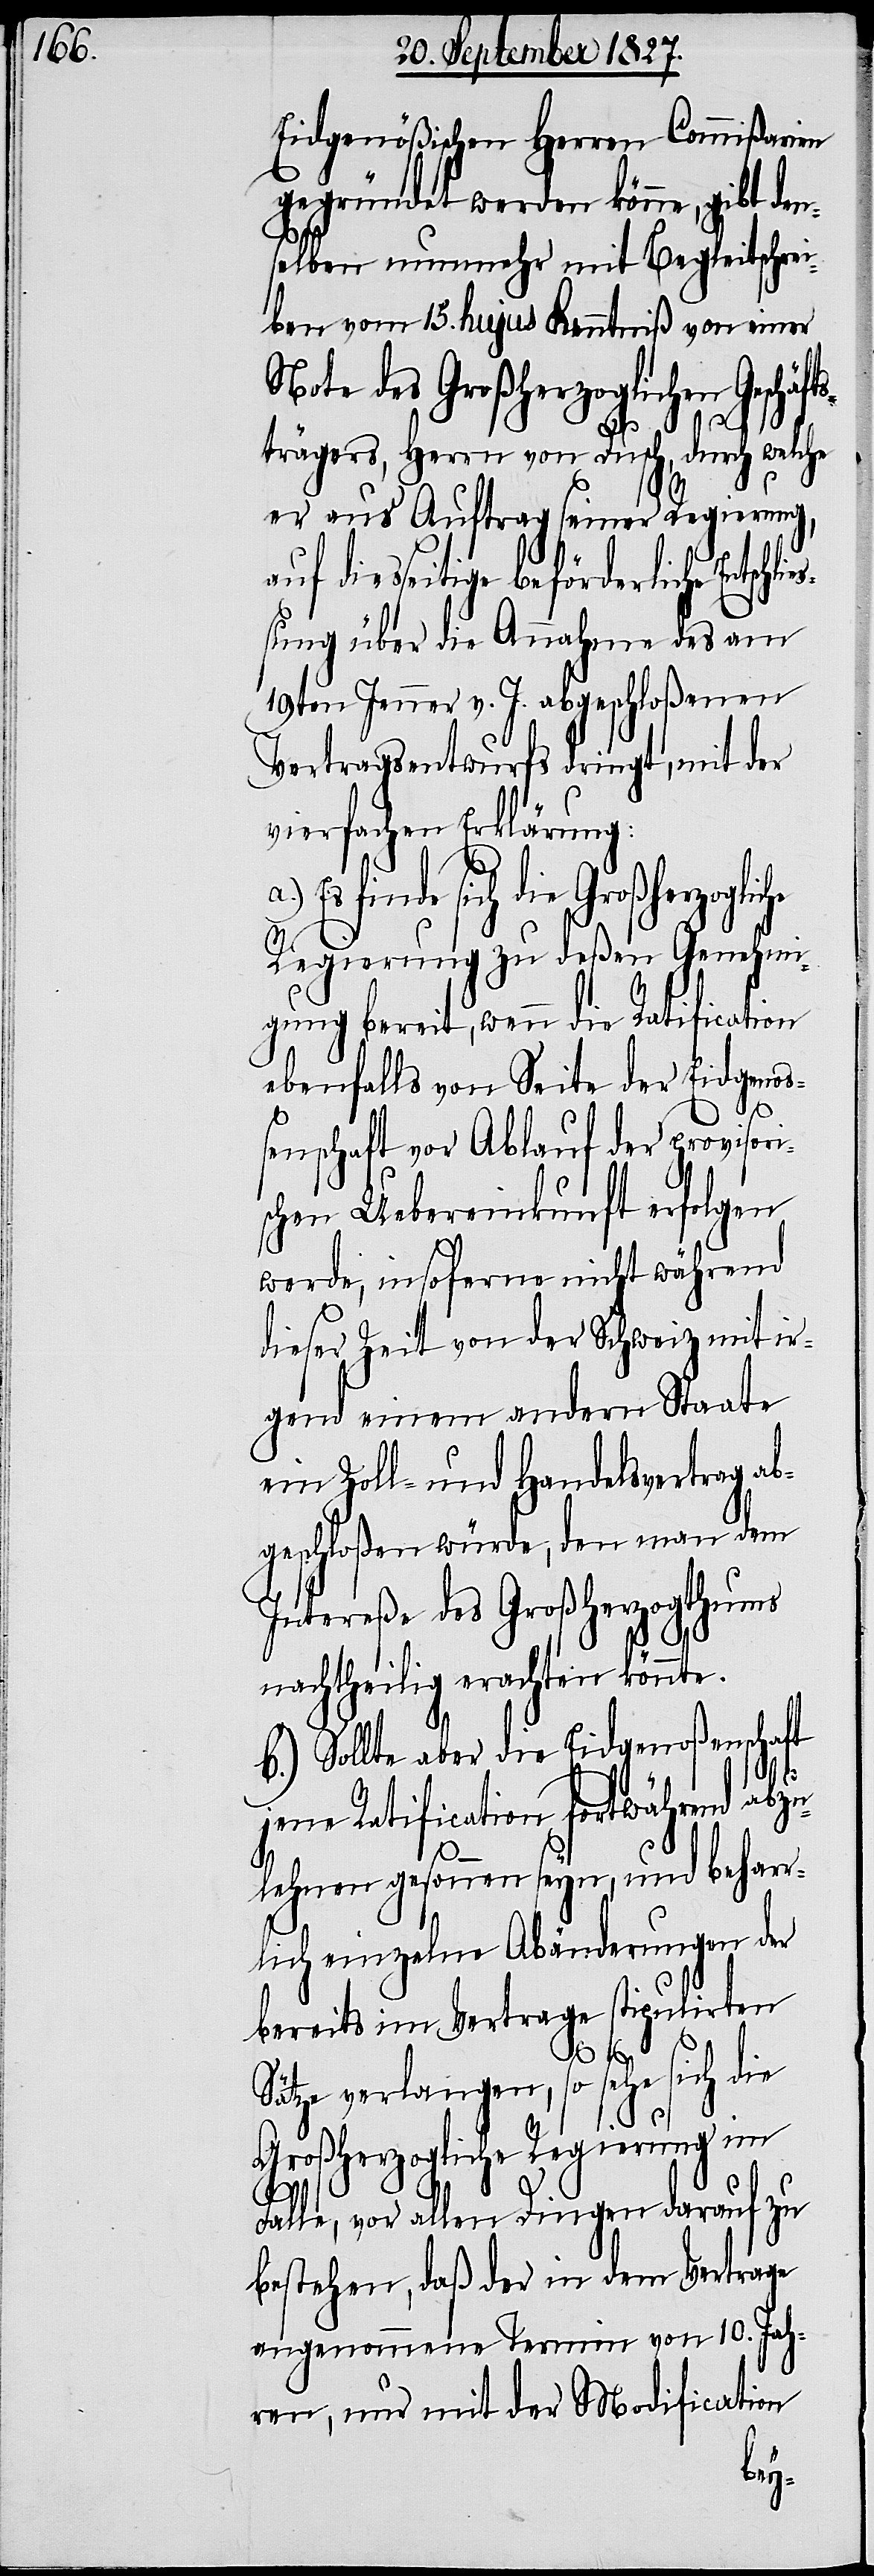
Eidgenößischen Herren Commißarien
gegründet werden könne, gibt de¬
nselben nunmehr mit Begleitschrei¬
ben vom 15. hujus Kenntniß von einer
Note des Großherzoglichen Geschäfts¬
trägers, Herrn von Dusch, durch welche
er aus Auftrag seiner Regierung,
auf diesseitige beförderliche Entschli¬
ßung über die Annahme des am
19ten Jenner v. J. abgeschloßenen
Vertragsentwurfs dringt, mit der
vierfachen Erklärung:
die Großherzogliche
Regierung zu deßen Genehmi¬
gung bereit, wenn die Ratification
ebenfalls von Seite der Eidgenoß¬
enschaft vor Ablauf der provisori¬
schen Uebereinkunft erfolgen
werde, insoferne nicht während
dieser Zeit von der Schweiz mit ir¬
gend einem andern Staate
ein Zoll- und Handelsvertrag ab¬
geschloßen würde, den man dem
Intereße des Großherzogthums
nachtheilig erachten könnte.
b.) Sollte aber die Eidgenoßenschaft
e¬
jene Ratification fortwährend abzu¬
lehnen gesonnen seyn, und beharr¬
lich einzelne Abänderungen der
bereits im Vertrage stipulirten
Sätze verlangen, so sehe sich die
Großherzogliche Regierung im
zu
Falle, vor allen Dingen darauf
bestehen, daß der in dem Vertrage
angenommene Termin von 10. Jah¬
ren, nur mit der Modification